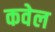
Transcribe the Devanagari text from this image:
कवेल